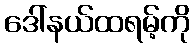
ဒေါ်နယ်ထရမ့်ကို